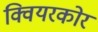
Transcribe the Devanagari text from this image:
क्वियरकोर